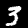
Digit: 3